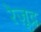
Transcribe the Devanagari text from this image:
रेज़ूद्र